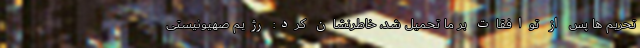
تحریم ها پس از توافقات بر ما تحمیل شد، خاطرنشان کرد: رژیم صهیونیستی